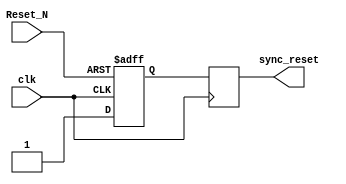
module async_reset_synchronizer (
    input wire clk,         // Clock input
    input wire Reset_N,     // Asynchronous reset (active low)
    output reg sync_reset    // Synchronized reset output
);

    // Internal signals for synchronization
    reg reset_ff1; // First flip-flop output
    reg reset_ff2; // Second flip-flop output

    // Synchronous reset logic
    always @(posedge clk or negedge Reset_N) begin
        if (!Reset_N) begin
            reset_ff1 <= 1'b0; // Active low reset
        end else begin
            reset_ff1 <= 1'b1; // Deassert reset
        end
    end

    always @(posedge clk) begin
        reset_ff2 <= reset_ff1; // Synchronize the reset signal
    end

    // Assign the synchronized reset output
    assign sync_reset = reset_ff2;

endmodule